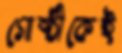
গোষ্ঠীকেই